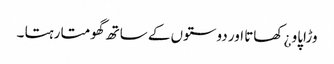
وڑاپاو ¿ کھاتا اور دوستوں کے ساتھ گھومتا رہتا ۔